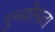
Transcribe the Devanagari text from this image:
पुनर्योग्यता